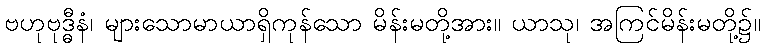
ဗဟုဗုဒ္ဓီနံ၊ များသောမာယာရှိကုန်သော မိန်းမတို့အား။ ယာသု၊ အကြင်မိန်းမတို့၌။